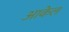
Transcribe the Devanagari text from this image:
आकेल